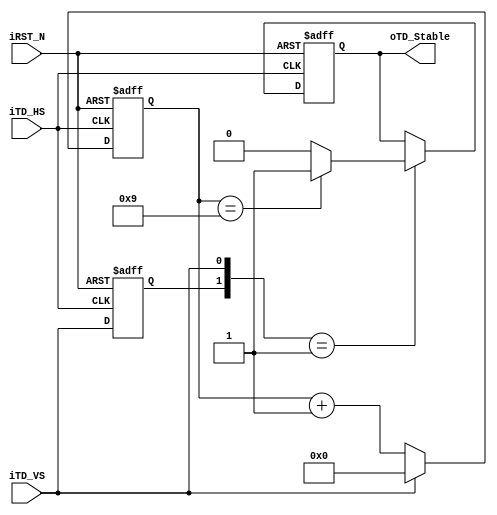
module TD_Detect(	oTD_Stable,
					iTD_VS,
					iTD_HS,
					iRST_N	);
input		iTD_VS;
input		iTD_HS;
input		iRST_N;
output		oTD_Stable;
reg			TD_Stable;
reg			Pre_VS;
reg	[7:0]	Stable_Cont;

assign	oTD_Stable	=	TD_Stable;

always@(posedge iTD_HS or negedge iRST_N)
begin
	if(!iRST_N)
	begin
		TD_Stable	<=	1'b0;
		Stable_Cont	<=	4'h0;
		Pre_VS		<=	1'b0;
	end
	else
	begin
		Pre_VS	<=	iTD_VS;
		if(!iTD_VS)
		Stable_Cont	<=	Stable_Cont+1'b1;
		else
		Stable_Cont	<=	0;
		
		if({Pre_VS,iTD_VS}==2'b01)
		begin
			if(Stable_Cont==9)
			TD_Stable	<=	1'b1;
			else
			TD_Stable	<=	1'b0;
		end
	end
end

endmodule